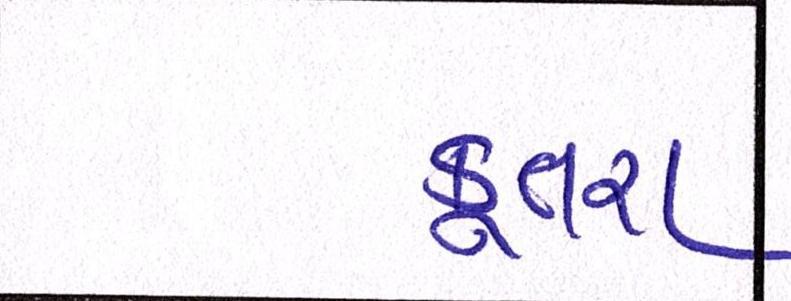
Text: કૂતરા